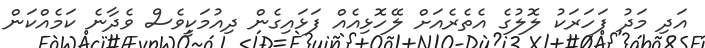
އަދި މަދު ފަހަރަކު ލޮލުގެ އެތެރެއަށް ލޭހޮޅިއެއް ފަޅައިގެން ދިއުމަކީވެސް ވެދާނެ ކަމެއްކަން